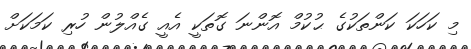
މި ކަހަކަ ކަންތަކުގެ ޙުކުމް އޮންނަ ގޮތަކީ އެއީ ގެއްލުން ހުރި ކަމަކަށް